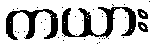
ကယား